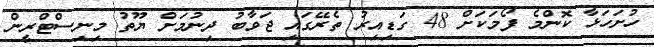
ހުށަހަޅާ ކޮންމެ ފޯމަކަށް 48 ގަޑިއިރު ތެރޭގައި ޖަވާބު ދިނުމަށް ޔޫތު މިނިސްޓްރީން